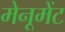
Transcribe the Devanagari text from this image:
मेनूमेंट